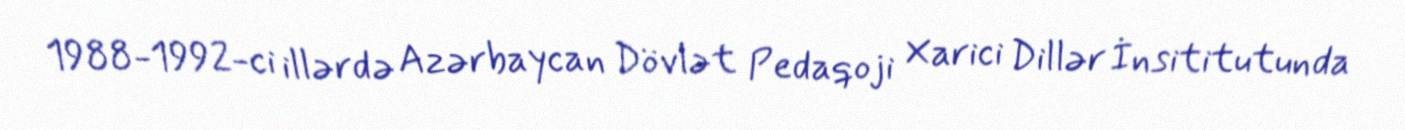
1988-1992-ci illərdə Azərbaycan Dövlət Pedaqoji Xarici Dillər İnsititutunda